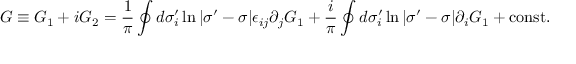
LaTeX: G \equiv G _ { 1 } + i G _ { 2 } = \frac { 1 } { \pi } \oint d \sigma _ { i } ^ { \prime } \ln | \sigma ^ { \prime } - \sigma | \epsilon _ { i j } \partial _ { j } G _ { 1 } + \frac { i } { \pi } \oint d \sigma _ { i } ^ { \prime } \ln | \sigma ^ { \prime } - \sigma | \partial _ { i } G _ { 1 } + \mathrm { c o n s t . }